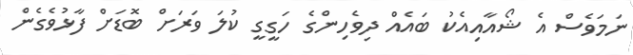
ނަމަވެސް އެ ޝޯއާއިއެކު ބައެއް ދިވެހިންގެ ހަގީގީ ކުލަ ވަރަށް ބޮޑަށް ފާޅުވެގެން